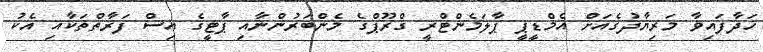
ހަދާފައިވާ މަރިޔާދުގެއަށް އެމްޑީޕީ ޕާލަމެންޓްރީ ގްރޫޕްގެ މެންބަރުންނާއި ޕާޓީގެ އިސް ފަރާތްތަކާއި އެކު